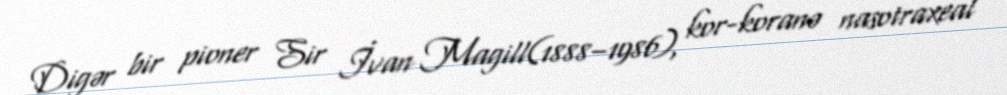
Digər bir pioner Sir İvan Magill(1888–1986), kor-koranə nasotraxeal